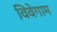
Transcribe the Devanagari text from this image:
विवेगाम